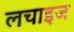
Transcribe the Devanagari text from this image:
लचाइज